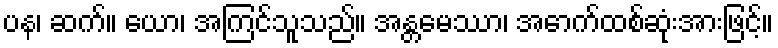
ပန၊ ဆက်။ ယော၊ အကြင်သူသည်။ အန္တမေဿာ၊ အောက်ထစ်ဆုံးအားဖြင့်။